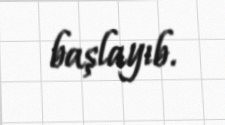
başlayıb.